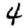
Digit: 4